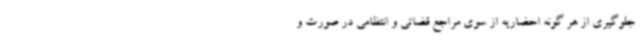
جلوگیری از هر گونه احضاریه از سوی مراجع قضائی و انتظامی در صورت و